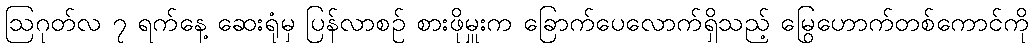
ဩဂုတ်လ ၇ ရက်နေ့ ဆေးရုံမှ ပြန်လာစဉ် စားဖိုမှူးက ခြောက်ပေလောက်ရှိသည့် မြွေဟောက်တစ်ကောင်ကို